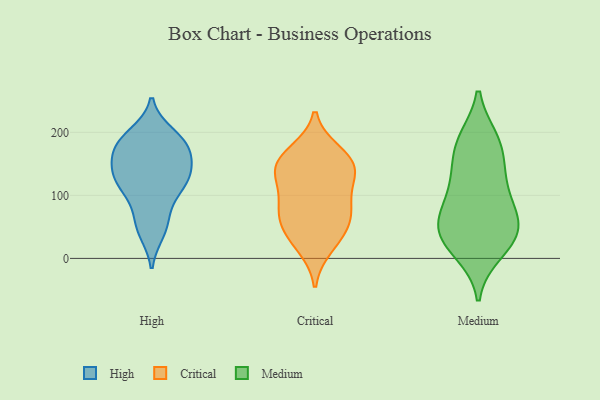
{"axis": {"x": "Demand Index", "y": "Value"}, "legend": ["Critical", "High", "Medium"], "data": [{"x": "", "y": 99, "type": "High"}, {"x": "", "y": 131, "type": "High"}, {"x": "", "y": 172, "type": "High"}, {"x": "", "y": 196, "type": "High"}, {"x": "", "y": 112, "type": "High"}, {"x": "", "y": 124, "type": "High"}, {"x": "", "y": 185, "type": "High"}, {"x": "", "y": 61, "type": "High"}, {"x": "", "y": 51, "type": "High"}, {"x": "", "y": 136, "type": "High"}, {"x": "", "y": 177, "type": "High"}, {"x": "", "y": 155, "type": "High"}, {"x": "", "y": 187, "type": "High"}, {"x": "", "y": 139, "type": "High"}, {"x": "", "y": 120, "type": "High"}, {"x": "", "y": 178, "type": "High"}, {"x": "", "y": 43, "type": "High"}, {"x": "", "y": 139, "type": "Critical"}, {"x": "", "y": 50, "type": "Critical"}, {"x": "", "y": 69, "type": "Critical"}, {"x": "", "y": 148, "type": "Critical"}, {"x": "", "y": 69, "type": "Critical"}, {"x": "", "y": 141, "type": "Critical"}, {"x": "", "y": 98, "type": "Critical"}, {"x": "", "y": 19, "type": "Critical"}, {"x": "", "y": 34, "type": "Critical"}, {"x": "", "y": 84, "type": "Critical"}, {"x": "", "y": 161, "type": "Critical"}, {"x": "", "y": 131, "type": "Critical"}, {"x": "", "y": 168, "type": "Critical"}, {"x": "", "y": 126, "type": "Medium"}, {"x": "", "y": 148, "type": "Medium"}, {"x": "", "y": 67, "type": "Medium"}, {"x": "", "y": 188, "type": "Medium"}, {"x": "", "y": 180, "type": "Medium"}, {"x": "", "y": 19, "type": "Medium"}, {"x": "", "y": 69, "type": "Medium"}, {"x": "", "y": 51, "type": "Medium"}, {"x": "", "y": 93, "type": "Medium"}, {"x": "", "y": 10, "type": "Medium"}, {"x": "", "y": 50, "type": "Medium"}, {"x": "", "y": 31, "type": "Medium"}, {"x": "", "y": 118, "type": "Medium"}, {"x": "", "y": 39, "type": "Medium"}, {"x": "", "y": 187, "type": "Medium"}]}